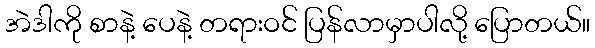
အဲဒါကို စာနဲ့ ပေနဲ့ တရားဝင် ပြန်လာမှာပါလို့ ပြောတယ်။